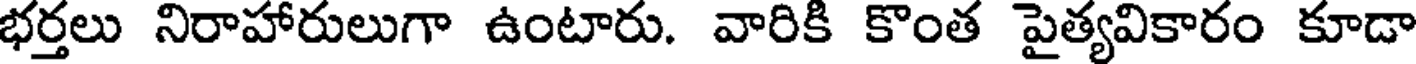
భర్తలు నిరాహారులుగా ఉంటారు. వారికి కొంత పైత్యవికారం కూడా